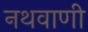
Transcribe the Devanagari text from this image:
नथवाणी